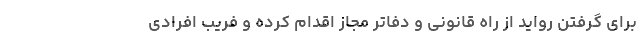
برای گرفتن رواید از راه قانونی و دفاتر مجاز اقدام کرده و فریب افرادی